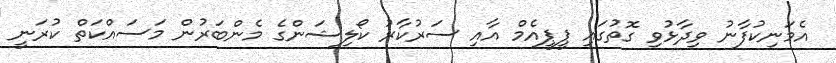
އެމަނިކުފާނު ވިދާޅުވި ގޮތުގައި ޕީޕީއެމް އާއި ސަރުކާރު ކޯލިޝަންގެ މެންބަރުން މަސައްކަތް ކުރަނީ